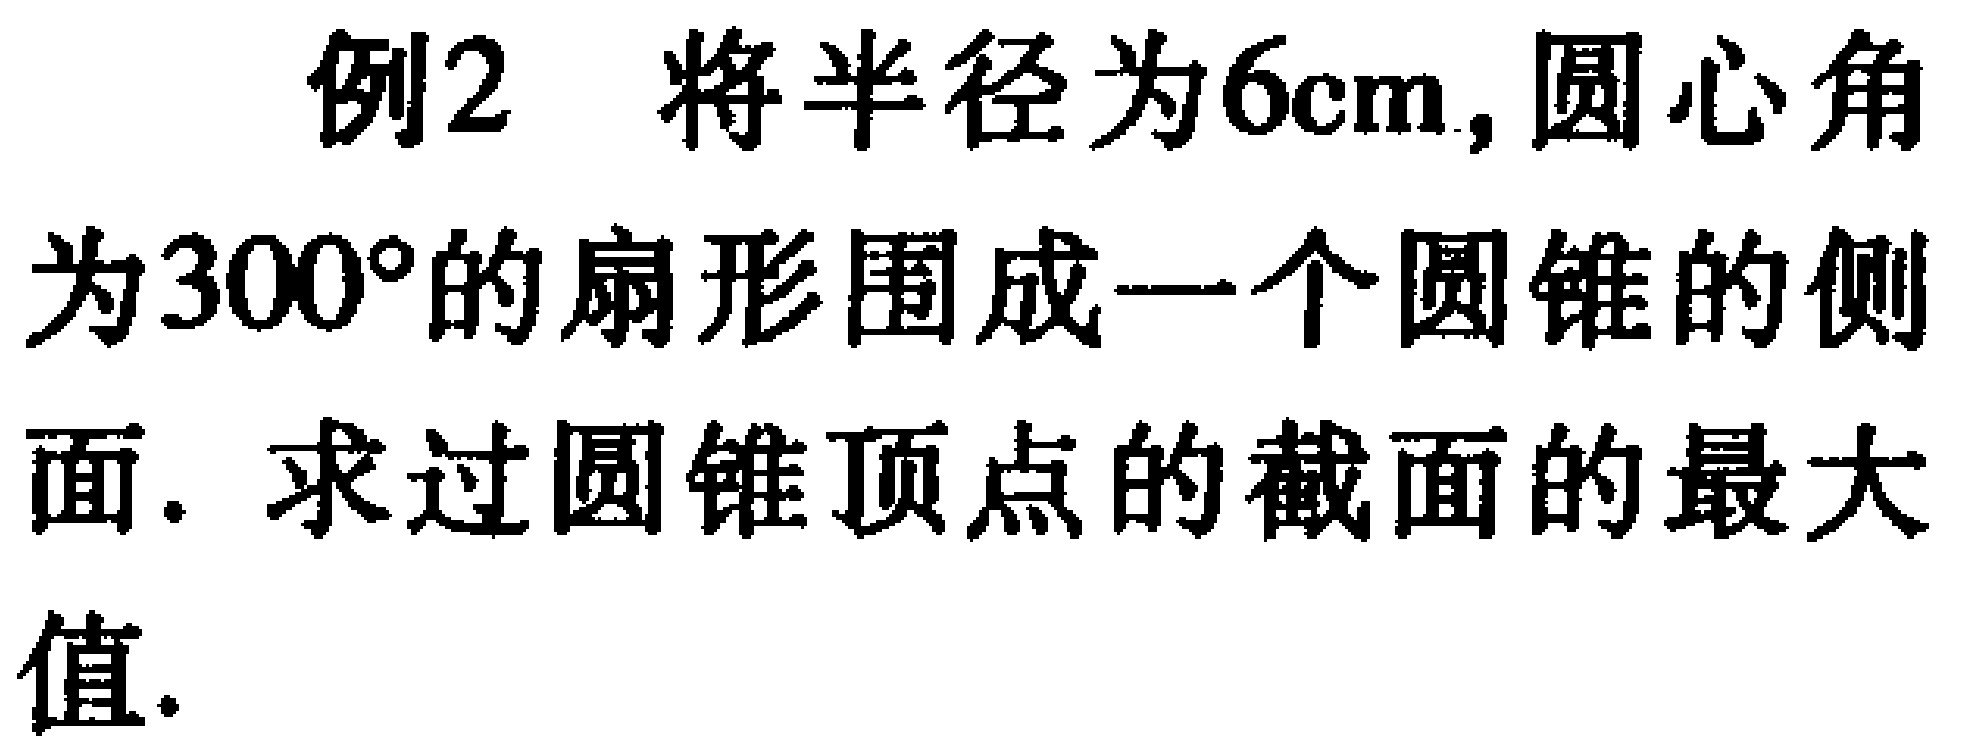
例2 将半径为\(6\text{cm}\)，圆心角为\(300^{\circ}\)的扇形围成一个圆锥的侧面. 求过圆锥顶点的截面的最大值.